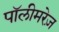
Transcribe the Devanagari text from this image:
पॉलीमरेज़